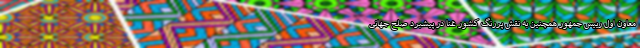
معاون اول رییس جمهور همچنین به نقش پررنگ کشور غنا در پیشبرد صلح جهانی